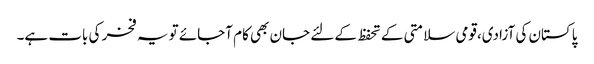
پاکستان کی آزادی،قومی سلامتی کے تحفظ کے لئے جان بھی کام آجائے تو یہ فخر کی بات ہے۔